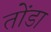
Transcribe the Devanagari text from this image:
तोंडा